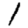
Digit: 1